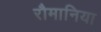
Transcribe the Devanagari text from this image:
रौमानिया